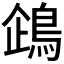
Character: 𬷏